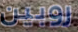
روبين